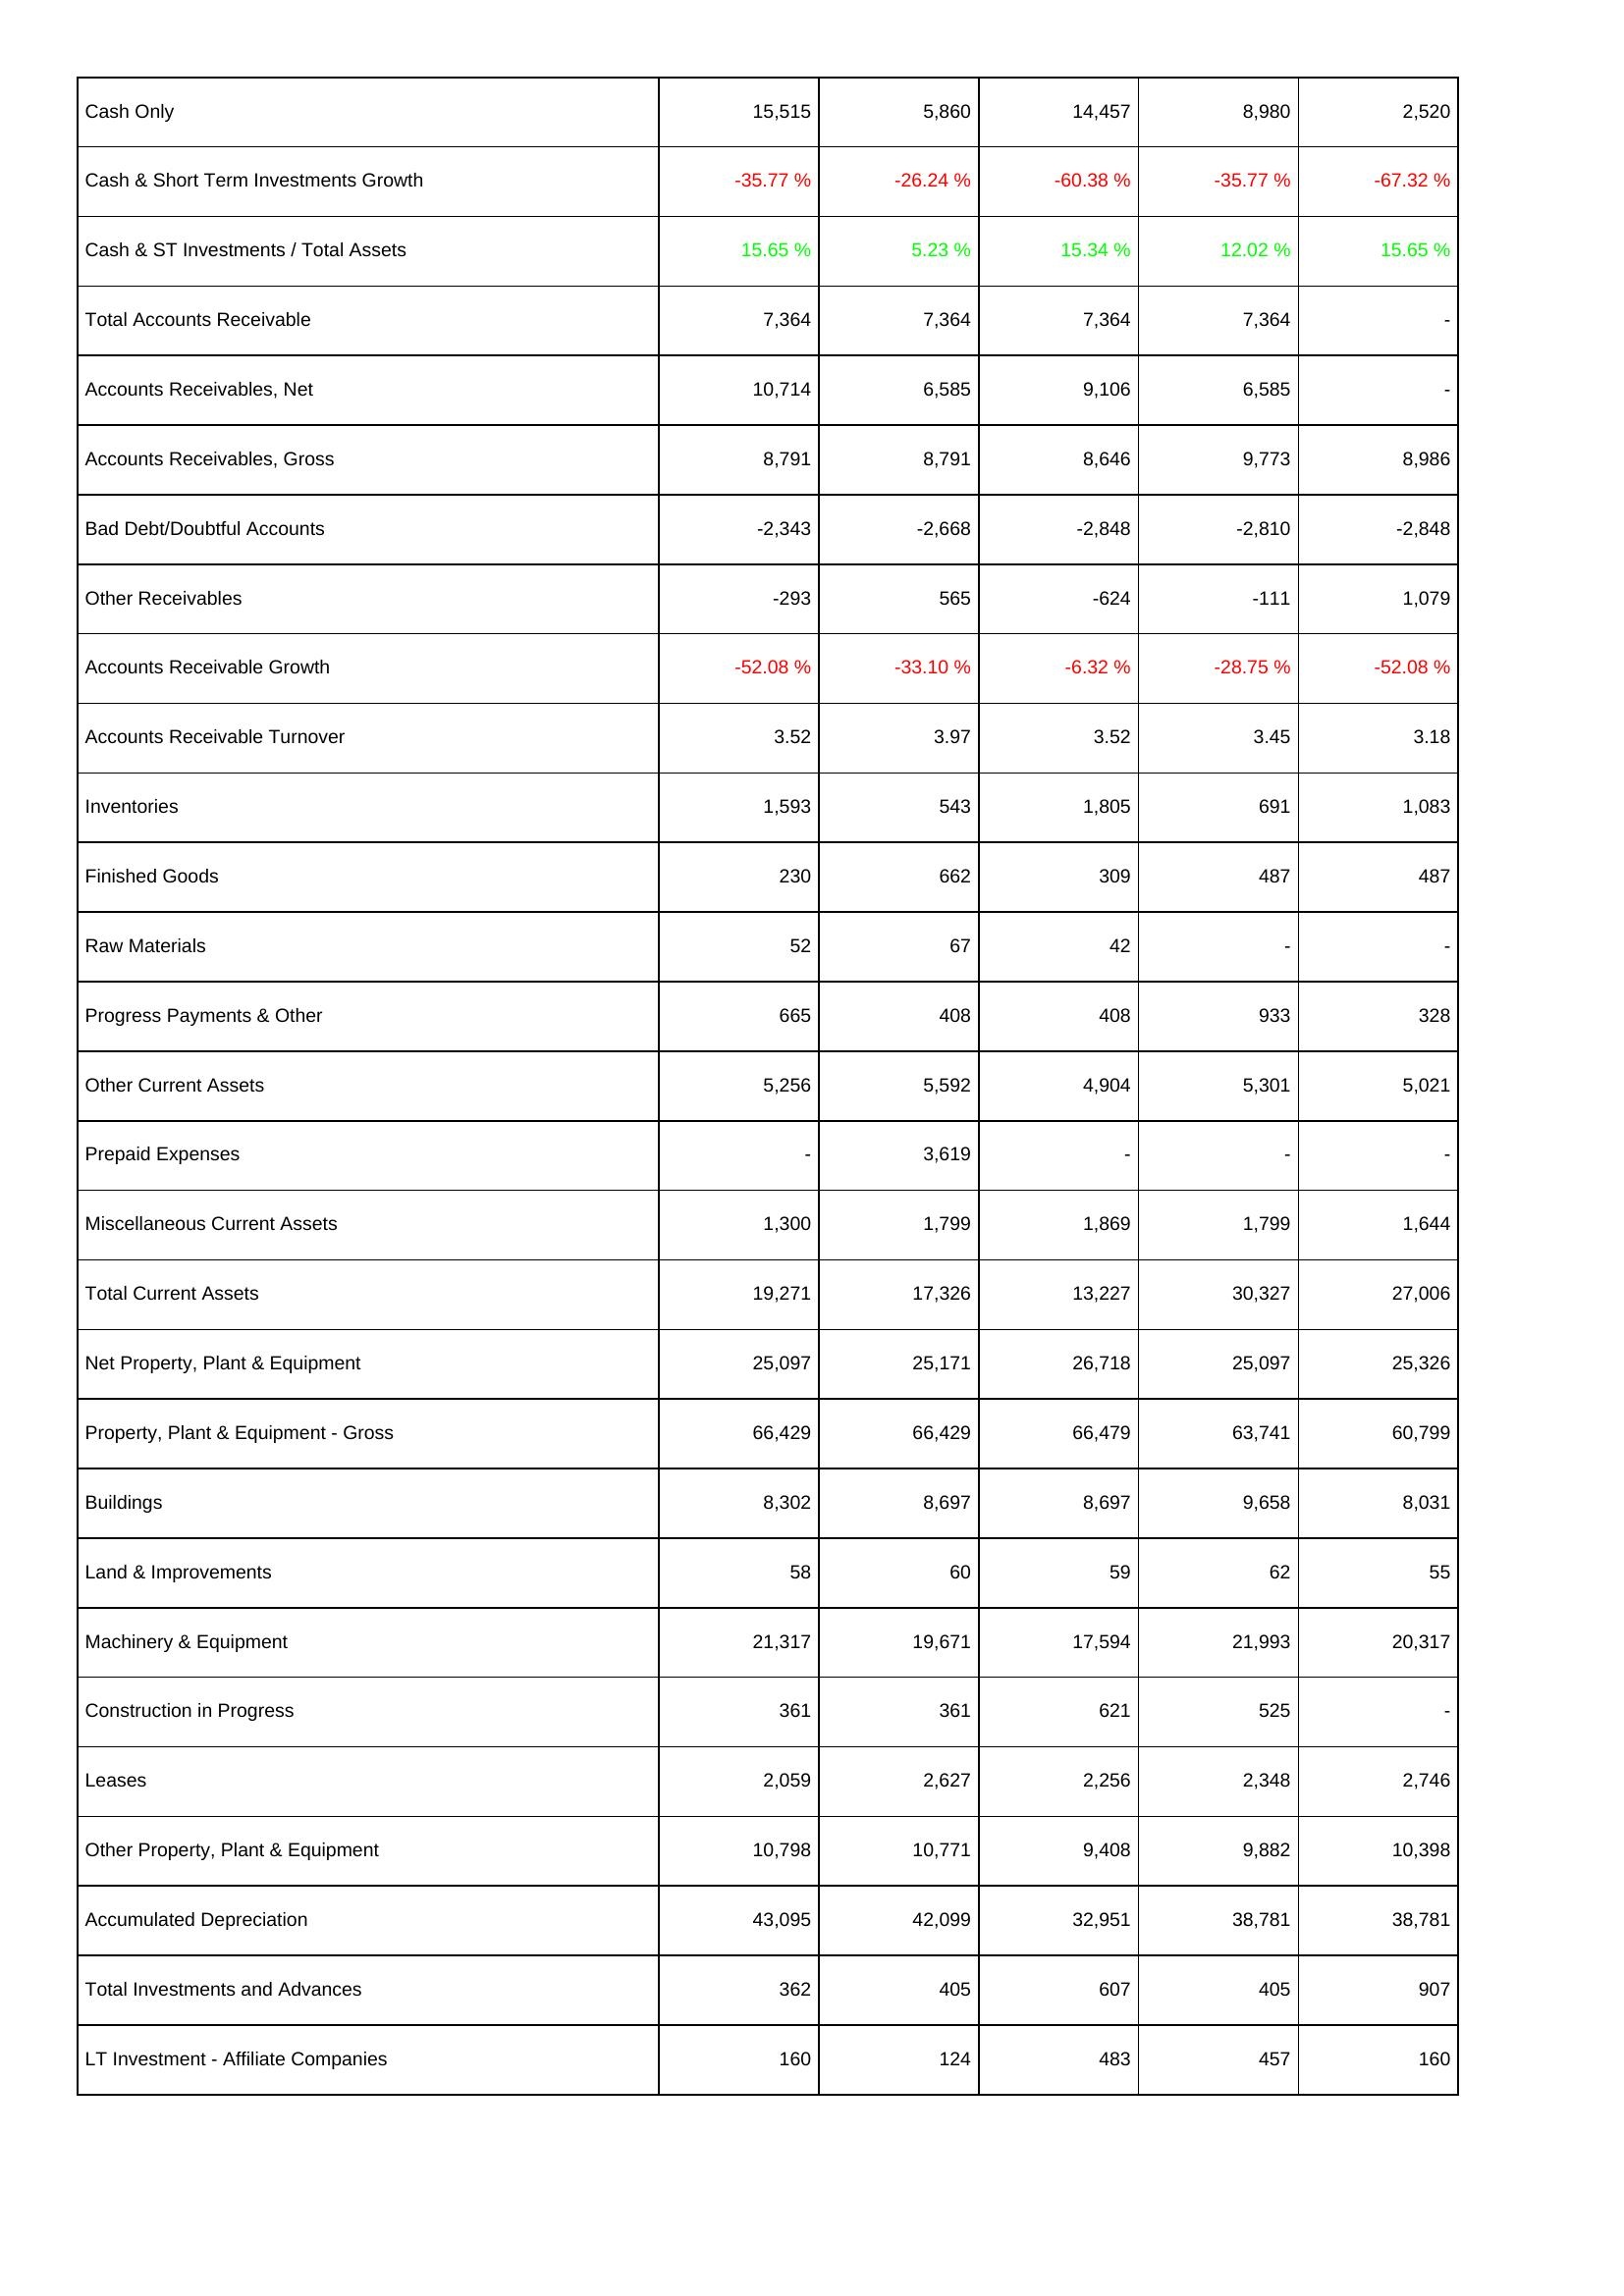
2022: Assets: Cash Only: 15,515
Cash & Short Term Investments Growth: -35.77 %
Cash & ST Investments / Total Assets: 15.65 %
Total Accounts Receivable: 7,364
Accounts Receivables, Net: 10,714
Accounts Receivables, Gross: 8,791
Bad Debt/Doubtful Accounts: -2,343
Other Receivables: -293
Accounts Receivable Growth: -52.08 %
Accounts Receivable Turnover: 3.52
Inventories: 1,593
Finished Goods: 230
Raw Materials: 52
Progress Payments & Other: 665
Other Current Assets: 5,256
Prepaid Expenses: -
Miscellaneous Current Assets: 1,300
Total Current Assets: 19,271
Net Property, Plant & Equipment: 25,097
Property, Plant & Equipment - Gross: 66,429
Buildings: 8,302
Land & Improvements: 58
Machinery & Equipment: 21,317
Construction in Progress: 361
Leases: 2,059
Other Property, Plant & Equipment: 10,798
Accumulated Depreciation: 43,095
Total Investments and Advances: 362
LT Investment - Affiliate Companies: 160
2023: Assets: Cash Only: 5,860
Cash & Short Term Investments Growth: -26.24 %
Cash & ST Investments / Total Assets: 5.23 %
Total Accounts Receivable: 7,364
Accounts Receivables, Net: 6,585
Accounts Receivables, Gross: 8,791
Bad Debt/Doubtful Accounts: -2,668
Other Receivables: 565
Accounts Receivable Growth: -33.10 %
Accounts Receivable Turnover: 3.97
Inventories: 543
Finished Goods: 662
Raw Materials: 67
Progress Payments & Other: 408
Other Current Assets: 5,592
Prepaid Expenses: 3,619
Miscellaneous Current Assets: 1,799
Total Current Assets: 17,326
Net Property, Plant & Equipment: 25,171
Property, Plant & Equipment - Gross: 66,429
Buildings: 8,697
Land & Improvements: 60
Machinery & Equipment: 19,671
Construction in Progress: 361
Leases: 2,627
Other Property, Plant & Equipment: 10,771
Accumulated Depreciation: 42,099
Total Investments and Advances: 405
LT Investment - Affiliate Companies: 124
2024: Assets: Cash Only: 14,457
Cash & Short Term Investments Growth: -60.38 %
Cash & ST Investments / Total Assets: 15.34 %
Total Accounts Receivable: 7,364
Accounts Receivables, Net: 9,106
Accounts Receivables, Gross: 8,646
Bad Debt/Doubtful Accounts: -2,848
Other Receivables: -624
Accounts Receivable Growth: -6.32 %
Accounts Receivable Turnover: 3.52
Inventories: 1,805
Finished Goods: 309
Raw Materials: 42
Progress Payments & Other: 408
Other Current Assets: 4,904
Prepaid Expenses: -
Miscellaneous Current Assets: 1,869
Total Current Assets: 13,227
Net Property, Plant & Equipment: 26,718
Property, Plant & Equipment - Gross: 66,479
Buildings: 8,697
Land & Improvements: 59
Machinery & Equipment: 17,594
Construction in Progress: 621
Leases: 2,256
Other Property, Plant & Equipment: 9,408
Accumulated Depreciation: 32,951
Total Investments and Advances: 607
LT Investment - Affiliate Companies: 483
2025: Assets: Cash Only: 8,980
Cash & Short Term Investments Growth: -35.77 %
Cash & ST Investments / Total Assets: 12.02 %
Total Accounts Receivable: 7,364
Accounts Receivables, Net: 6,585
Accounts Receivables, Gross: 9,773
Bad Debt/Doubtful Accounts: -2,810
Other Receivables: -111
Accounts Receivable Growth: -28.75 %
Accounts Receivable Turnover: 3.45
Inventories: 691
Finished Goods: 487
Raw Materials: -
Progress Payments & Other: 933
Other Current Assets: 5,301
Prepaid Expenses: -
Miscellaneous Current Assets: 1,799
Total Current Assets: 30,327
Net Property, Plant & Equipment: 25,097
Property, Plant & Equipment - Gross: 63,741
Buildings: 9,658
Land & Improvements: 62
Machinery & Equipment: 21,993
Construction in Progress: 525
Leases: 2,348
Other Property, Plant & Equipment: 9,882
Accumulated Depreciation: 38,781
Total Investments and Advances: 405
LT Investment - Affiliate Companies: 457
2026: Assets: Cash Only: 2,520
Cash & Short Term Investments Growth: -67.32 %
Cash & ST Investments / Total Assets: 15.65 %
Total Accounts Receivable: -
Accounts Receivables, Net: -
Accounts Receivables, Gross: 8,986
Bad Debt/Doubtful Accounts: -2,848
Other Receivables: 1,079
Accounts Receivable Growth: -52.08 %
Accounts Receivable Turnover: 3.18
Inventories: 1,083
Finished Goods: 487
Raw Materials: -
Progress Payments & Other: 328
Other Current Assets: 5,021
Prepaid Expenses: -
Miscellaneous Current Assets: 1,644
Total Current Assets: 27,006
Net Property, Plant & Equipment: 25,326
Property, Plant & Equipment - Gross: 60,799
Buildings: 8,031
Land & Improvements: 55
Machinery & Equipment: 20,317
Construction in Progress: -
Leases: 2,746
Other Property, Plant & Equipment: 10,398
Accumulated Depreciation: 38,781
Total Investments and Advances: 907
LT Investment - Affiliate Companies: 160